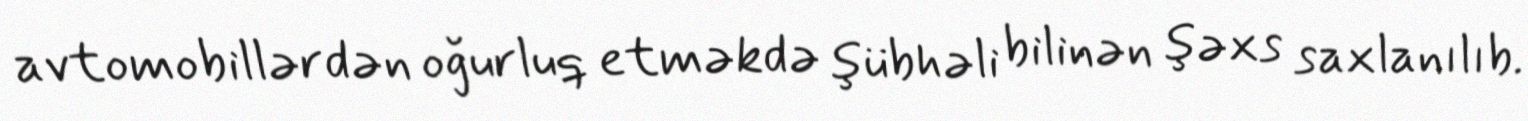
avtomobillərdən oğurluq etməkdə şübhəli bilinən şəxs saxlanılıb.